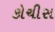
કોચીસ